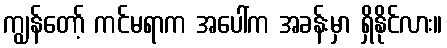
ကျွန်တော့် ကင်မရာက အပေါ်က အခန်းမှာ ရှိနိုင်လား။